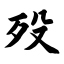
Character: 殁